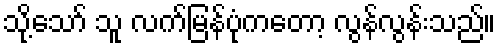
သို့သော် သူ လက်မြန်ပုံကတော့ လွန်လွန်းသည်။